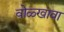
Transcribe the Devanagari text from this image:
वोळ्खावा